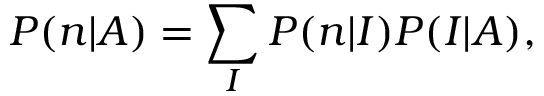
P ( n | A ) = \sum _ { I } P ( n | I ) P ( I | A ) ,